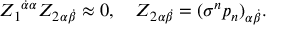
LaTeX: { Z _ { 1 } } ^ { \dot { \alpha } \alpha } { Z _ { 2 } } _ { \alpha \dot { \beta } } \approx 0 , \quad { Z _ { 2 } } _ { \alpha \dot { \beta } } = { ( \sigma ^ { n } p _ { n } ) } _ { \alpha \dot { \beta } } .